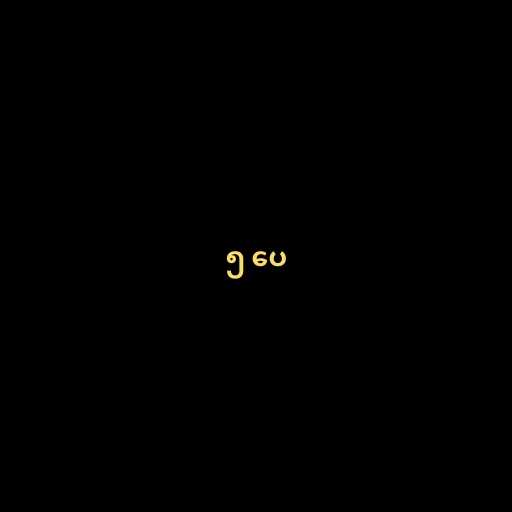
၅ ပေ